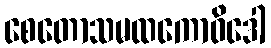
စေတောသမထကောဝိဒေါ